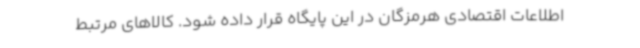
اطلاعات اقتصادی هرمزگان در این پایگاه قرار داده شود. کالاهای مرتبط